Newspaper: The daily Cairo bulletin.
Place of publication: Cairo, Ill.
Publisher: Thos. Nally
Date: 1880-06-19 00:00:00
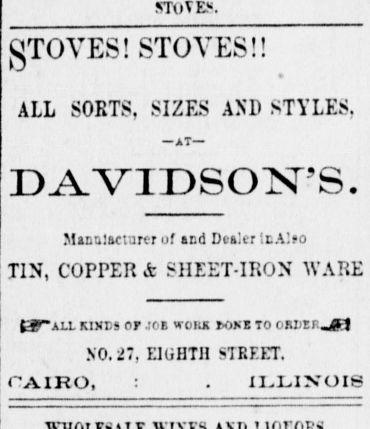
Advertisement text (OCR):
STOVE. gTOVES! STOVES!! ALL SORTS, SIZES AND STYLES, AT DA.VIDSOjST'S. Manul&cturer of and Dealer itAlso TIN, COPPER & SHEET-IRON WARE tF ALL KINDS or JC'B WOll OKB TO OM:trJft NO. 27, EIGHTH STREET. CAIRO, . IL.LIXOIS
Label: text-only